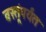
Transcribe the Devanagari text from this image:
वस्तूंपर्यंत